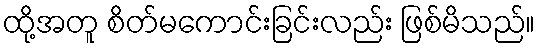
ထို့အတူ စိတ်မကောင်းခြင်းလည်း ဖြစ်မိသည်။